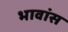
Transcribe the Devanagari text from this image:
भावांस